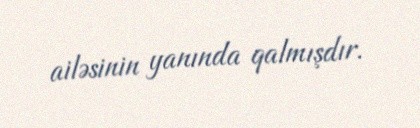
ailəsinin yanında qalmışdır.